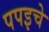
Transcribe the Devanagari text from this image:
पपइचे